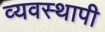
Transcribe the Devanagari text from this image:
व्यवस्थापी